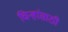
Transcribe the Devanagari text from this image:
चिन्हांसाठी